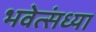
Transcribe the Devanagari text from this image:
भवेत्संध्या